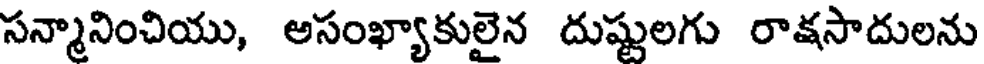
సన్మానించియు, అసంఖ్యాకులైన దుష్టులగు రాకసాదులను